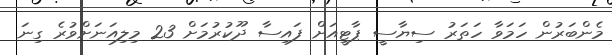
މެންބަރުން ހަމަވާ ހަތަރު ސިޔާސީ ޕާޓީއަށް ފައިސާ ދޫކުރުމަށް 23 މިލިއަނަށްވުރެ ގިނަ